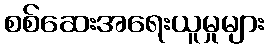
စစ်ဆေးအရေးယူမှုများ